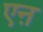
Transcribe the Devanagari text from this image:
एऩ